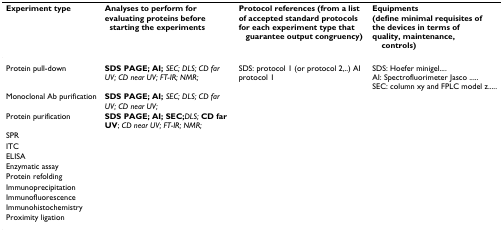
| Experiment type | Analyses to perform forevaluating proteins beforestarting the experiments | Protocol references (from a listof accepted standard protocolsfor each experiment type thatguarantee output congruency) | Equipments(define minimal requisites ofthe devices in terms ofquality, maintenance,controls) |
 | --- | --- | --- | --- |
 | Protein pull-down | SDS PAGE; AI; SEC; DLS; CD far UV; CD near UV; FT-IR; NMR; | SDS: protocol 1 (or protocol 2,..) AI protocol 1 | SDS: Hoefer minigel....AI: Spectrofluorimeter Jasco .....SEC: column xy and FPLC model z..... |
 | Monoclonal Ab purification | SDS PAGE; AI; SEC; DLS; CD far UV; CD near UV; |  |  |
 | Protein purification | SDS PAGE; AI; SEC;DLS; CD far UV; CD near UV; FT-IR; NMR; |  |  |
 | SPR |  |  |  |
 | ITC |  |  |  |
 | ELISA |  |  |  |
 | Enzymatic assay |  |  |  |
 | Protein refolding |  |  |  |
 | Immunoprecipitation |  |  |  |
 | Immunofluorescence |  |  |  |
 | Immunohistochemistry |  |  |  |
 | Proximity ligation |  |  |  |